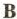
B